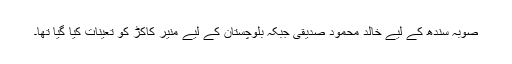
صوبہ سندھ کے لیے خالد محمود صدیقی جبکہ بلوچستان کے لیے منیر کاکڑ کو تعینات کیا گیا تھا۔